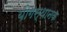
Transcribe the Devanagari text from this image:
योगस्थानक